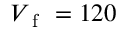
V _ { \mathrm { ~ f ~ } } = 1 2 0